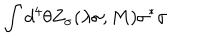
\int d ^ { 4 } \theta Z _ { \sigma } ( \lambda \sigma , M ) \sigma ^ { * } \sigma